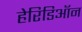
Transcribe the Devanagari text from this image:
हेरिडिऑन